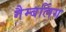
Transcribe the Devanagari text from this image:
गैम्बलिंग